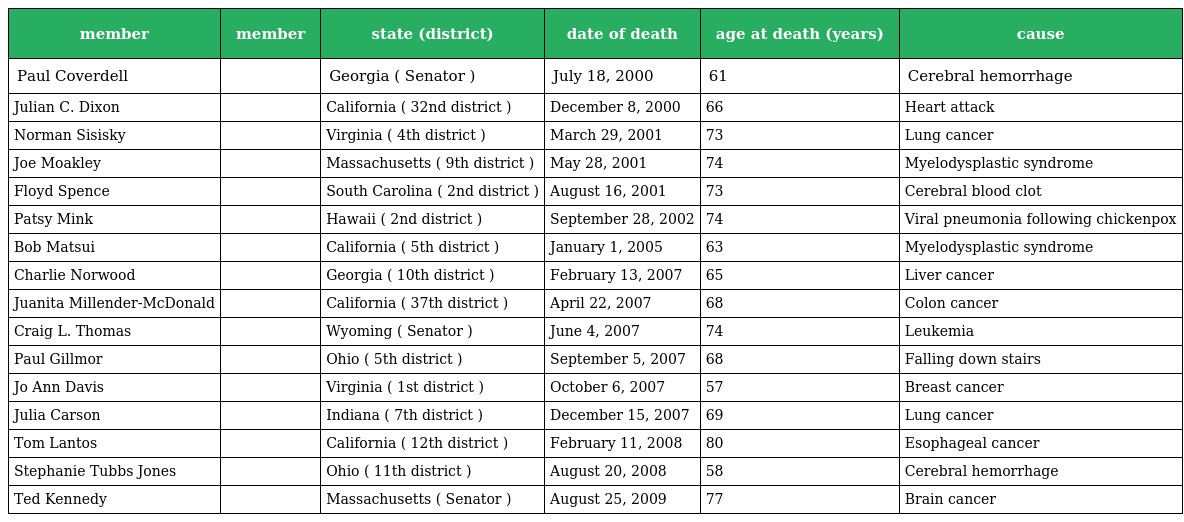
| member | member | state (district) | date of death | age at death (years) | cause |
 | --- | --- | --- | --- | --- | --- |
 | Paul Coverdell |  | Georgia ( Senator ) | July 18, 2000 | 61 | Cerebral hemorrhage |
 | Julian C. Dixon |  | California ( 32nd district ) | December 8, 2000 | 66 | Heart attack |
 | Norman Sisisky |  | Virginia ( 4th district ) | March 29, 2001 | 73 | Lung cancer |
 | Joe Moakley |  | Massachusetts ( 9th district ) | May 28, 2001 | 74 | Myelodysplastic syndrome |
 | Floyd Spence |  | South Carolina ( 2nd district ) | August 16, 2001 | 73 | Cerebral blood clot |
 | Patsy Mink |  | Hawaii ( 2nd district ) | September 28, 2002 | 74 | Viral pneumonia following chickenpox |
 | Bob Matsui |  | California ( 5th district ) | January 1, 2005 | 63 | Myelodysplastic syndrome |
 | Charlie Norwood |  | Georgia ( 10th district ) | February 13, 2007 | 65 | Liver cancer |
 | Juanita Millender-McDonald |  | California ( 37th district ) | April 22, 2007 | 68 | Colon cancer |
 | Craig L. Thomas |  | Wyoming ( Senator ) | June 4, 2007 | 74 | Leukemia |
 | Paul Gillmor |  | Ohio ( 5th district ) | September 5, 2007 | 68 | Falling down stairs |
 | Jo Ann Davis |  | Virginia ( 1st district ) | October 6, 2007 | 57 | Breast cancer |
 | Julia Carson |  | Indiana ( 7th district ) | December 15, 2007 | 69 | Lung cancer |
 | Tom Lantos |  | California ( 12th district ) | February 11, 2008 | 80 | Esophageal cancer |
 | Stephanie Tubbs Jones |  | Ohio ( 11th district ) | August 20, 2008 | 58 | Cerebral hemorrhage |
 | Ted Kennedy |  | Massachusetts ( Senator ) | August 25, 2009 | 77 | Brain cancer |